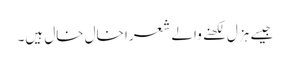
جیسے ہزل لکھنے والے شعرا خال خال ہیں۔